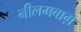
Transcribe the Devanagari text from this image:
नीलमबाग़